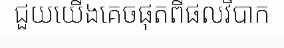
ជួយយើងគេចផុតពីផលវិបាក